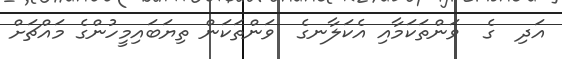
އަދި  ގެ  ވަންތަކަމާއި އެކަލާނގެ  ވަންތަކަން ތިޔަބައިމީހުންގެ މައްޗަށް